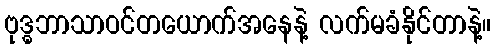
ဗုဒ္ဓဘာသာဝင်တယောက်အနေနဲ့ လက်မခံနိုင်တာနဲ့။